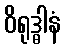
ဝိရုဒ္ဓါနံ